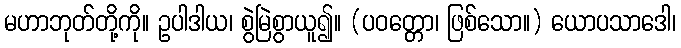
မဟာဘုတ်တို့ကို။ ဥပါဒါယ၊ စွဲမြဲစွာယူ၍။ (ပဝတ္တော၊ ဖြစ်သော။) ယောပသာဒေါ၊